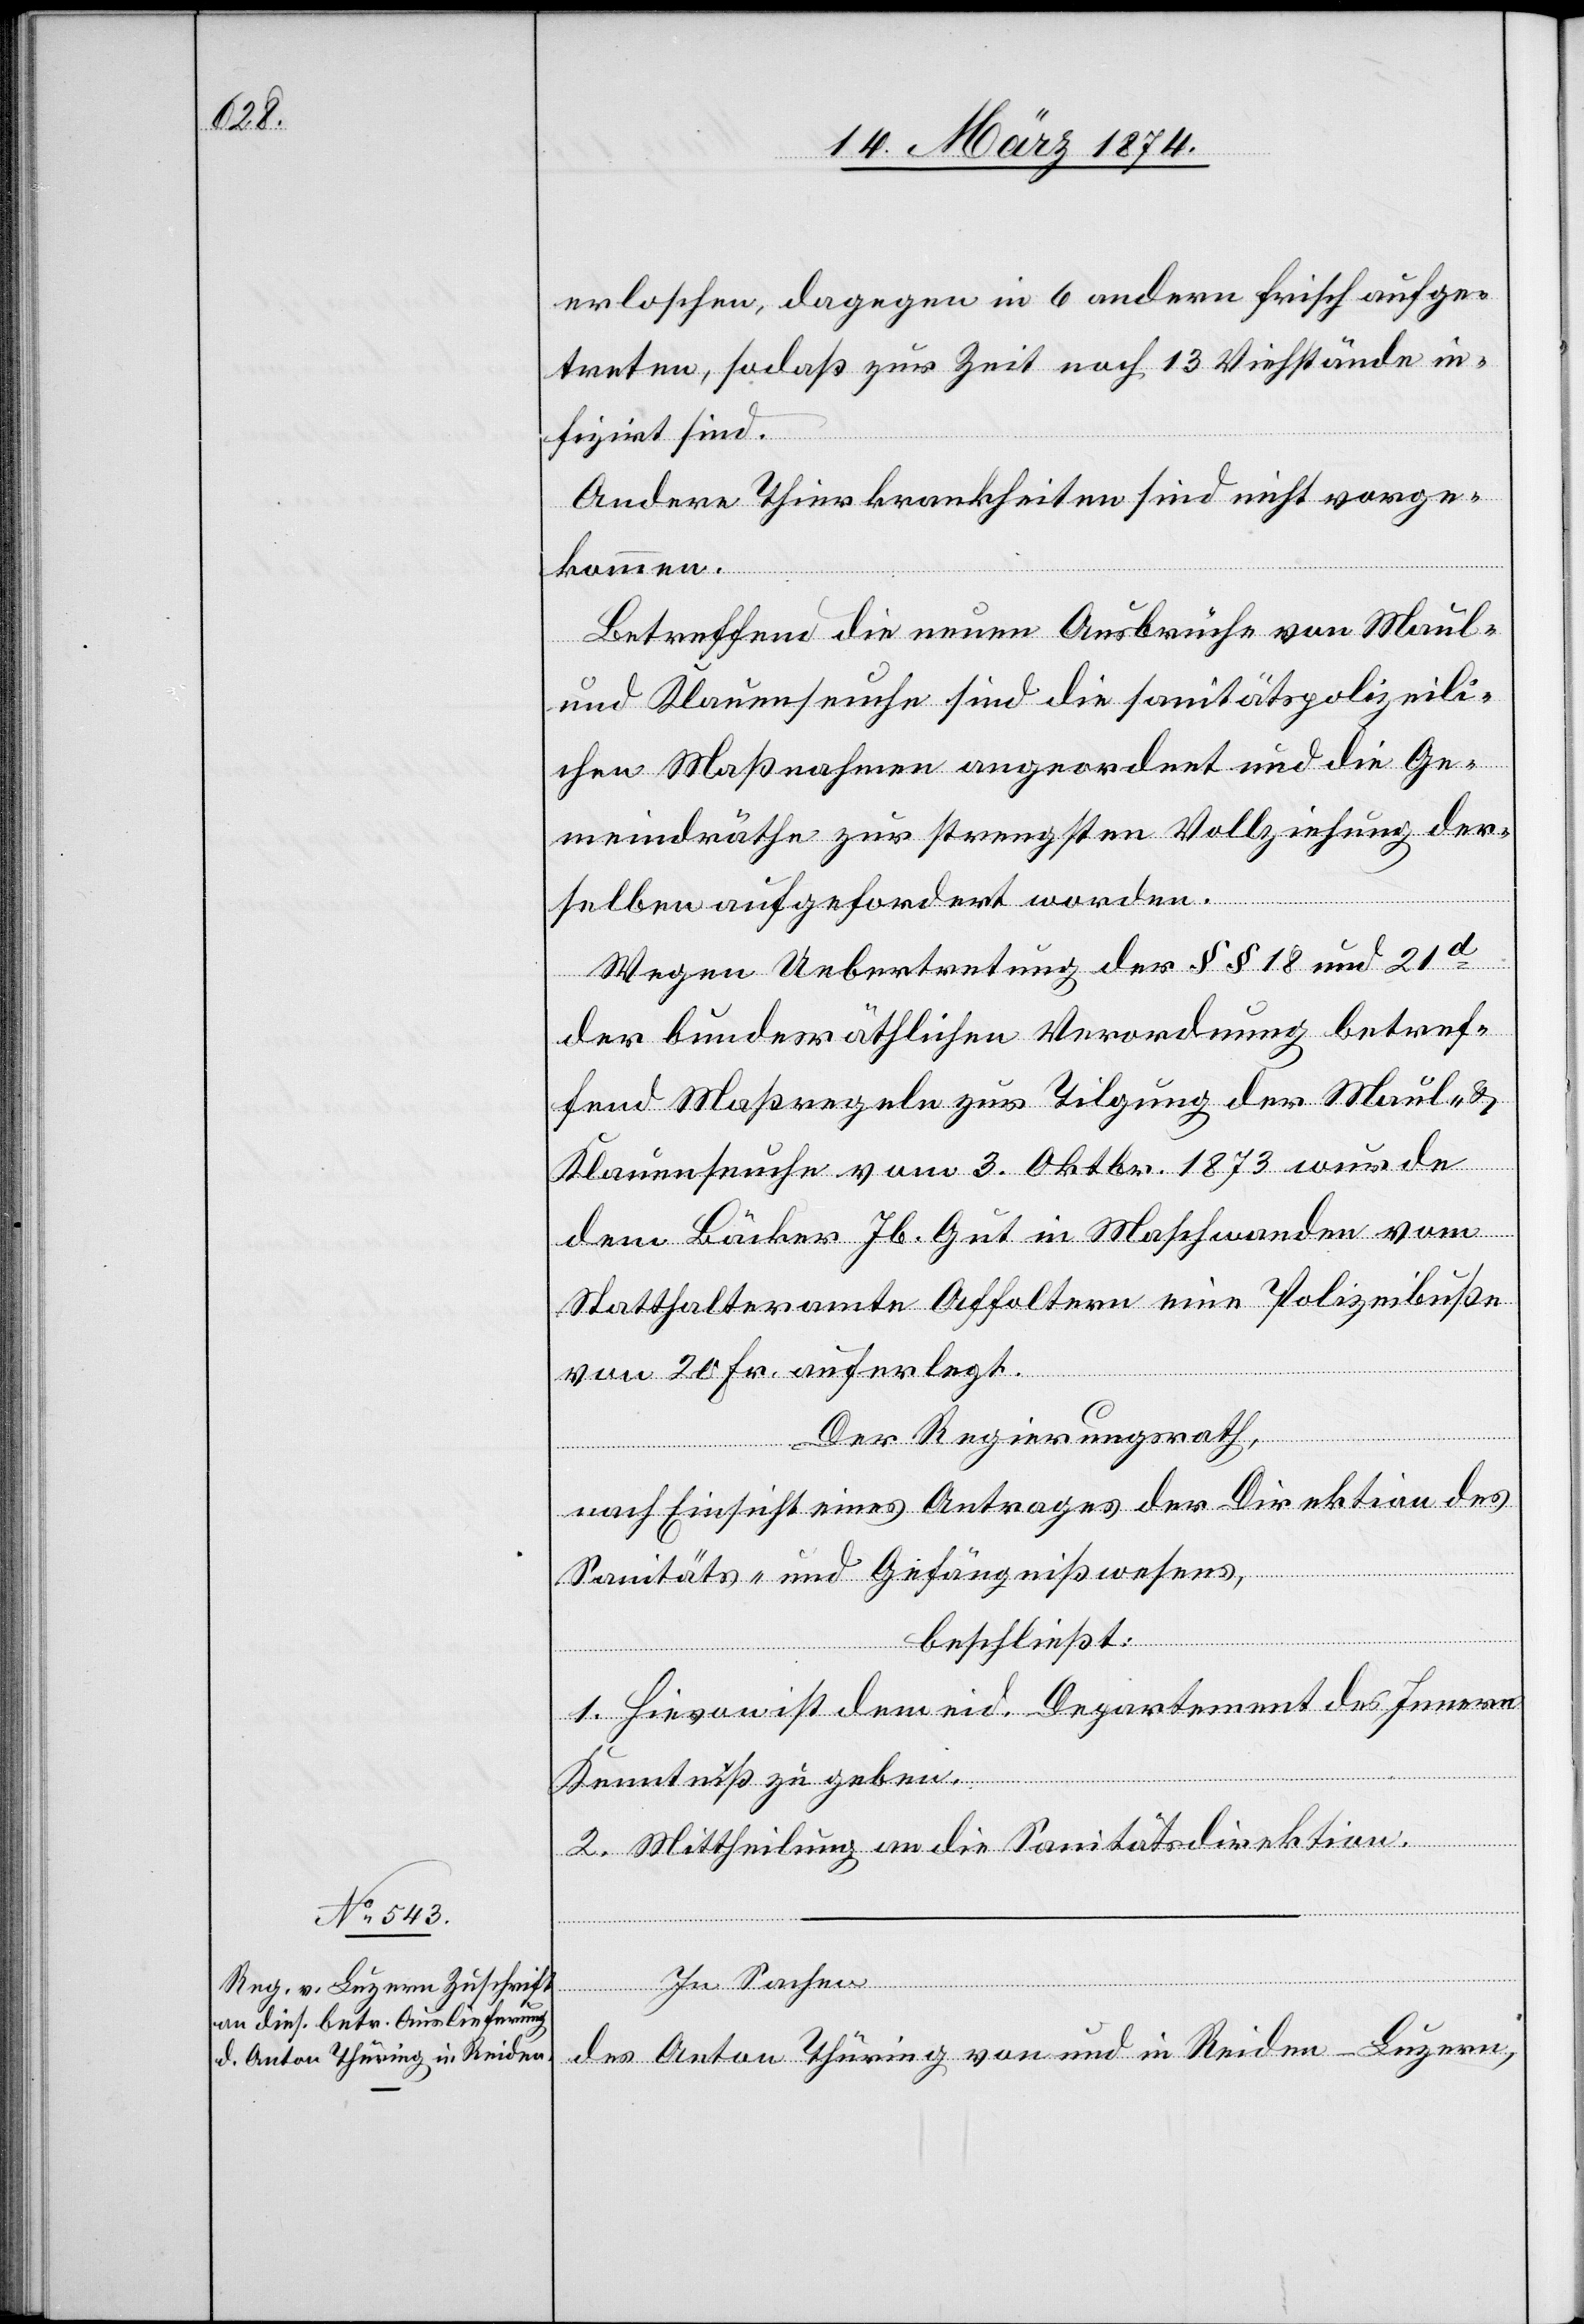
14. März 1874.]
erloschen, dagegen in 6 andern frisch aufge¬
treten, sodaß zur Zeit noch 13 Viehstände in¬
fizirt sind.
Andere Thierkrankheiten sind nicht vorge¬
kommen.
Betreffend die neuen Ausbrüche von Maul-
und Klauenseuche sind die sanitätspolizeili¬
chen Maßnahmen angeordnet und die Ge¬
meindräthe zur strengsten Vollziehung der¬
selben aufgefordert worden.
Wegen Uebertretung der §§ 18 und 21d
der bundesräthlichen Verordnung betref¬
fend Maßregeln zur Tilgung der Maul- u.
Klauenseuche vom 3. Oktbr. 1873 wurde
dem Bäcker Jb. Gut in Maschwanden vom
Statthalteramte Affoltern eine Polizeibuße
von 20 Fr. auferlegt.
Der Regierungsrath,
nach Einsicht eines Antrages der Direktion des
Sanitäts- und Gefängnißwesens,
beschließt:
1. Hievon ist dem eid. Departemente des Innern
Kenntniß zu geben.
2. Mittheilung an die Sanitätsdirektion.
In Sachen
des Anton Thüring von und in Reiden-Luzern,